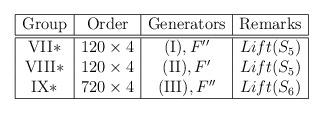
LaTeX: \begin{align*}\begin{array}{|c|c|c|c|}\hline$Group$& $Order$& $Generators$ & $Remarks$ \\\hline \hline$VII$*& 120\times 4& ($I$),F''& Lift(S_5)\\$VIII$*& 120\times 4& ($II$),F'& Lift(S_5)\\$IX$*& 720\times 4& ($III$),F''& Lift(S_6)\\\hline\end{array}\end{align*}